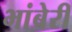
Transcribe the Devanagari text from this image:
भांबेरी